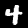
Digit: 4